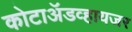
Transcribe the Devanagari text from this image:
कोटाॲडव्हायजर